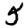
Digit: 5